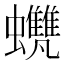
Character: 𧕺